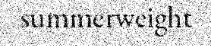
summerweight